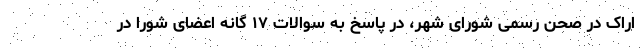
اراک در صحن رسمی شورای شهر، در پاسخ به سوالات ۱۷ گانه اعضای شورا در